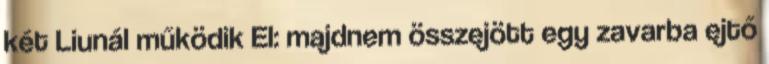
két Liunál működik El: majdnem összejött egy zavarba ejtő